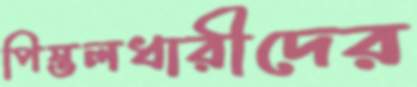
পিস্তলধারীদের